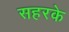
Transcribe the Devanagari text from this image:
सहरके